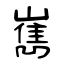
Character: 嶲